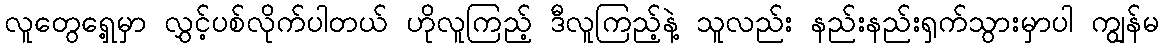
လူတွေရှေ့မှာ လွှင့်ပစ်လိုက်ပါတယ် ဟိုလူကြည့် ဒီလူကြည့်နဲ့ သူလည်း နည်းနည်းရှက်သွားမှာပါ ကျွန်မ